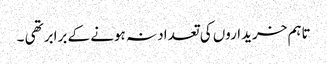
تاہم خریداروں کی تعداد نہ ہونے کے برابر تھی ۔